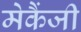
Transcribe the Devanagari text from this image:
मेकैंजी